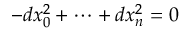
- d x _ { 0 } ^ { 2 } + \dots + d x _ { n } ^ { 2 } = 0